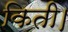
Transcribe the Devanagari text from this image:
किती।